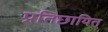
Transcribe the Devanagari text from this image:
प्रतिछायित